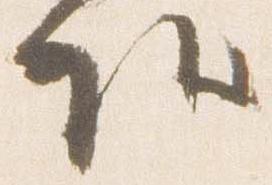
頭